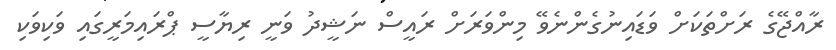
ރާއްޖޭގެ ރަށްތަކަށް ވަޑައިނުގެންނެވޭ މިންވަރަށް ރައީސް ނަޝީދު ވަނީ ރިޔާސީ ޕްރައިމަރީގައި ވަކިވަކި